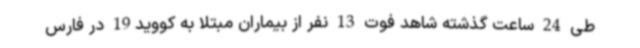
طی 24 ساعت گذشته شاهد فوت 13 نفر از بیماران مبتلا به کووید19 در فارس